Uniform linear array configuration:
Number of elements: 4
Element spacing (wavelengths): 1
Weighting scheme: kaiser
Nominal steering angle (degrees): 15
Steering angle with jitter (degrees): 16.213
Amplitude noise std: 0.05
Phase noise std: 0.05

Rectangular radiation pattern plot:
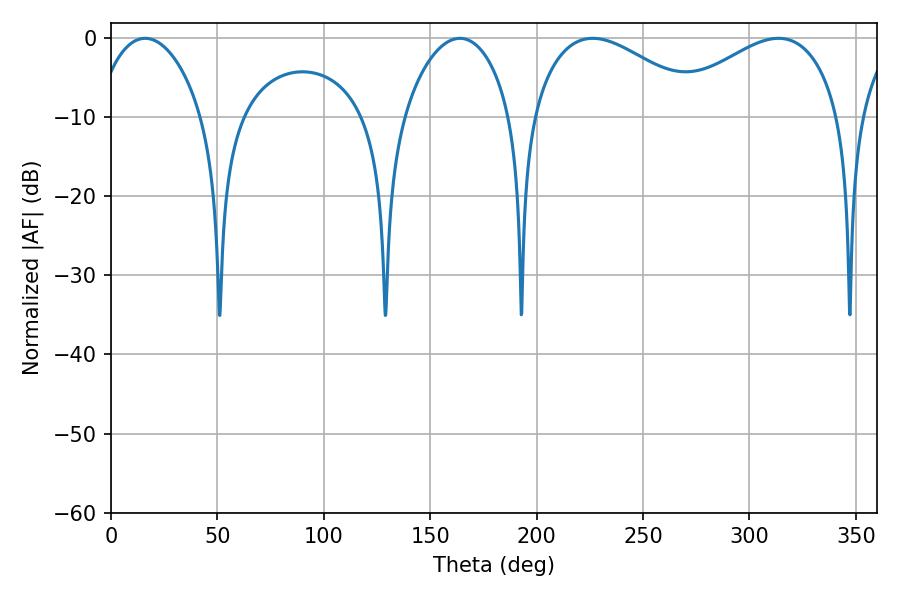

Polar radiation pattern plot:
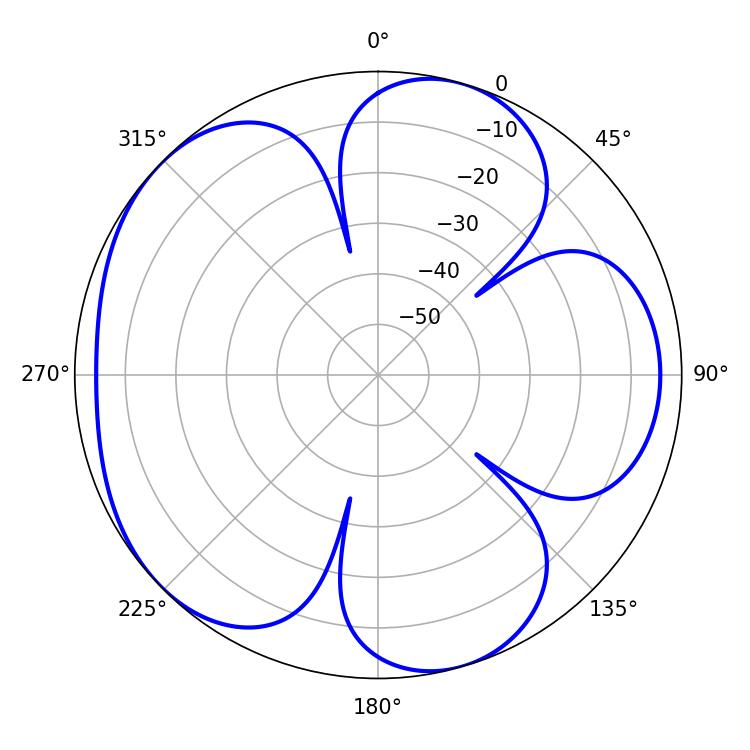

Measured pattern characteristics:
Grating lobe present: TRUE
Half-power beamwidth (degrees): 28.44
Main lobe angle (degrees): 16.02